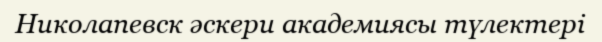
Николапевск әскери академиясы түлектері